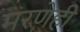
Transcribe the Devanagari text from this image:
मरणेही